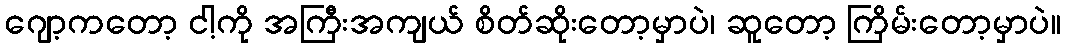
ဂျော့ကတော့ ငါ့ကို အကြီးအကျယ် စိတ်ဆိုးတော့မှာပဲ၊ ဆူတော့ ကြိမ်းတော့မှာပဲ။